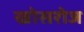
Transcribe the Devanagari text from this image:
खोसरोज